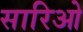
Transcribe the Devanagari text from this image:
सारिओ